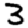
Digit: 3